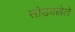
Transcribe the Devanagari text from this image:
सोडवलेले